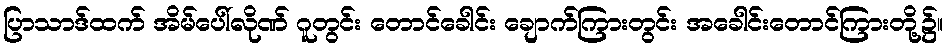
ပြာသာဒ်ထက် အိမ်ပေါ်လိုဏ် ဂူတွင်း တောင်ခေါင်း ချောက်ကြားတွင်း အခေါင်းတောင်ကြားတို့၌။